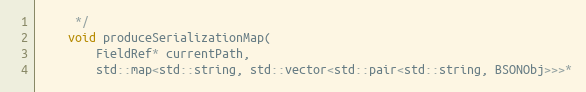
Language: C++
     */
    void produceSerializationMap(
        FieldRef* currentPath,
        std::map<std::string, std::vector<std::pair<std::string, BSONObj>>>*